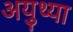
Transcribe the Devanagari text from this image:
अयुथ्या